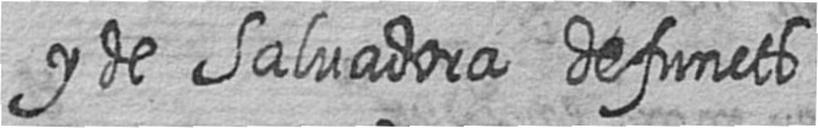
y de Salvadora defuncts